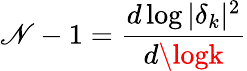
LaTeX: \mathscr{N}-1=\frac{{d\log|\delta_{k}|^{2}}}{{d\logk}}